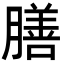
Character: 膳